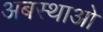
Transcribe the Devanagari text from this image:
अबस्थाओ